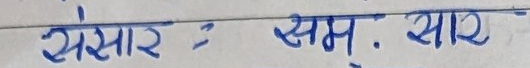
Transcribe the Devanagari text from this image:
संसार : सम्. सार